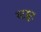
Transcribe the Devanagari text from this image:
स्टड्डर